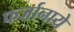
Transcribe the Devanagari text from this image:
फर्जानाये